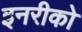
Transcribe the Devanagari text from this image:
इनरीको